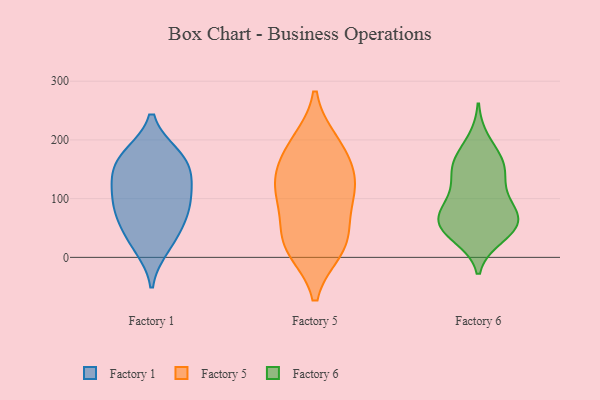
{"axis": {"x": "Gross Profit (USD K)", "y": "Value"}, "legend": ["Factory 1", "Factory 5", "Factory 6"], "data": [{"x": "", "y": 120, "type": "Factory 1"}, {"x": "", "y": 174, "type": "Factory 1"}, {"x": "", "y": 134, "type": "Factory 1"}, {"x": "", "y": 18, "type": "Factory 1"}, {"x": "", "y": 76, "type": "Factory 1"}, {"x": "", "y": 60, "type": "Factory 1"}, {"x": "", "y": 139, "type": "Factory 1"}, {"x": "", "y": 31, "type": "Factory 1"}, {"x": "", "y": 94, "type": "Factory 1"}, {"x": "", "y": 173, "type": "Factory 1"}, {"x": "", "y": 167, "type": "Factory 1"}, {"x": "", "y": 86, "type": "Factory 1"}, {"x": "", "y": 26, "type": "Factory 5"}, {"x": "", "y": 49, "type": "Factory 5"}, {"x": "", "y": 14, "type": "Factory 5"}, {"x": "", "y": 195, "type": "Factory 5"}, {"x": "", "y": 163, "type": "Factory 5"}, {"x": "", "y": 188, "type": "Factory 5"}, {"x": "", "y": 126, "type": "Factory 5"}, {"x": "", "y": 18, "type": "Factory 5"}, {"x": "", "y": 116, "type": "Factory 5"}, {"x": "", "y": 98, "type": "Factory 5"}, {"x": "", "y": 122, "type": "Factory 5"}, {"x": "", "y": 103, "type": "Factory 6"}, {"x": "", "y": 157, "type": "Factory 6"}, {"x": "", "y": 49, "type": "Factory 6"}, {"x": "", "y": 160, "type": "Factory 6"}, {"x": "", "y": 74, "type": "Factory 6"}, {"x": "", "y": 151, "type": "Factory 6"}, {"x": "", "y": 51, "type": "Factory 6"}, {"x": "", "y": 55, "type": "Factory 6"}, {"x": "", "y": 113, "type": "Factory 6"}, {"x": "", "y": 81, "type": "Factory 6"}, {"x": "", "y": 155, "type": "Factory 6"}, {"x": "", "y": 51, "type": "Factory 6"}, {"x": "", "y": 36, "type": "Factory 6"}, {"x": "", "y": 198, "type": "Factory 6"}, {"x": "", "y": 69, "type": "Factory 6"}]}